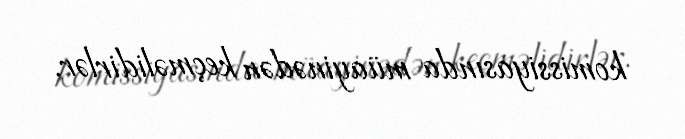
komissiyasında müayinədən keçməlidirlər.